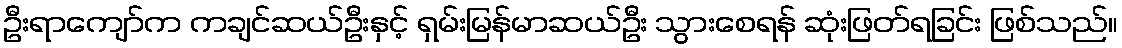
ဦးရာကျော်က ကချင်ဆယ်ဦးနှင့် ရှမ်းမြန်မာဆယ်ဦး သွားစေရန် ဆုံးဖြတ်ရခြင်း ဖြစ်သည်။